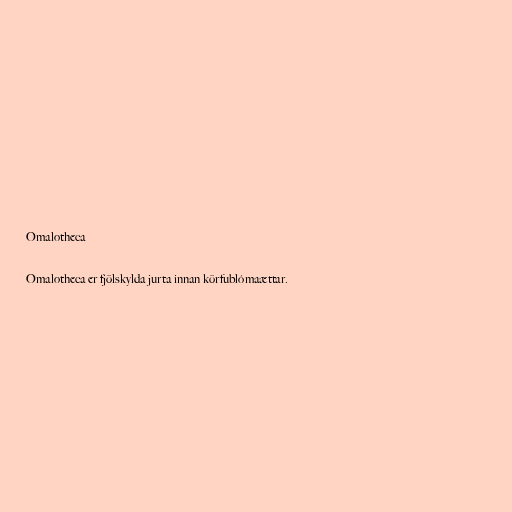
Omalotheca

Omalotheca er fjölskylda jurta innan körfublómaættar.